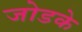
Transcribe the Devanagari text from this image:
जोडके